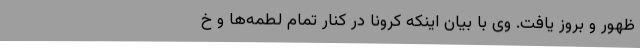
ظهور و بروز یافت. وی با بیان اینکه کرونا در کنار تمام لطمه‌ها و خ